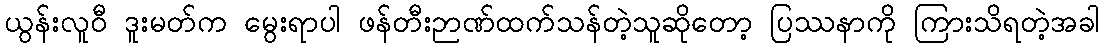
ယွန်းလူဝီ ဒူးမတ်က မွေးရာပါ ဖန်တီးဉာဏ်ထက်သန်တဲ့သူဆိုတော့ ပြဿနာကို ကြားသိရတဲ့အခါ